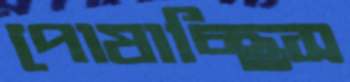
পোষাচ্ছিস